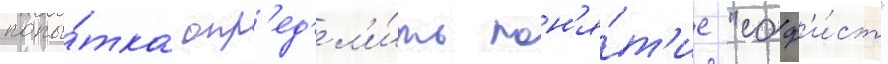
попы́тка опр'ед'ел'и́ть пон'я́т'ие "соф'и́ст"